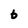
Character: b